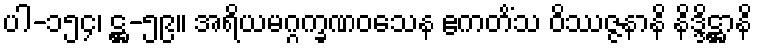
ပါ-၁၅၄၊ ဋ္ဌ-၅၉။ အရိယမဂ္ဂက္ခဏဝသေန ဧကတိံသ ဝိဿဇ္ဇနာနိ နိဒ္ဒိဋ္ဌာနိ